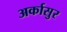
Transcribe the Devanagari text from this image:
अर्कासुर